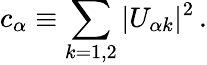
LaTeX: c_{\alpha}\equiv\sum_{k=1,2}|U_{{\alpha}k}|^{2}\, .